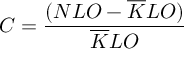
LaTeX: C = \frac { ( N L O - \overline { { { K } } } L O ) } { \overline { { { K } } } L O }